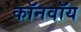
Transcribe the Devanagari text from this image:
कॉनवॉय